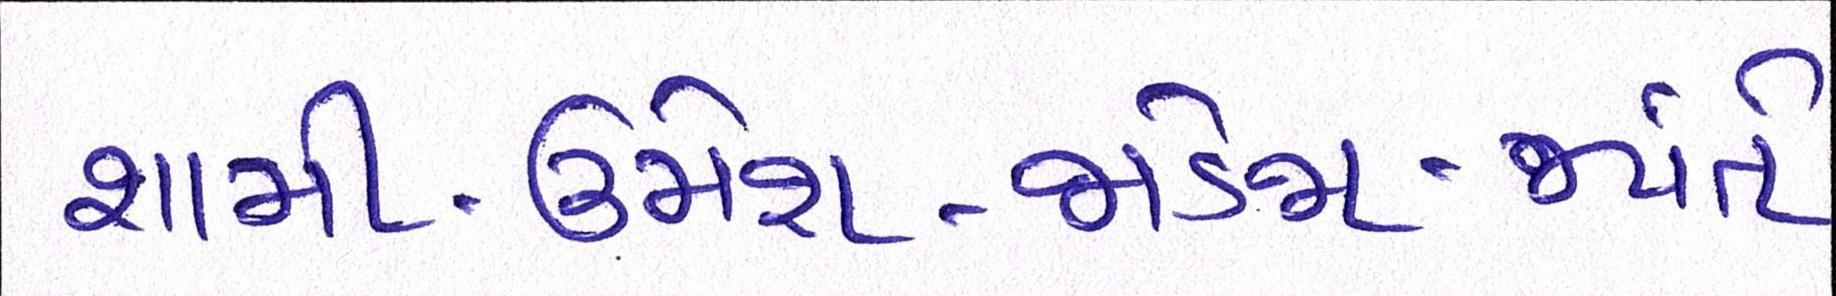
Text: શામી-ઉમેશ-જાડેજા-જયંતે